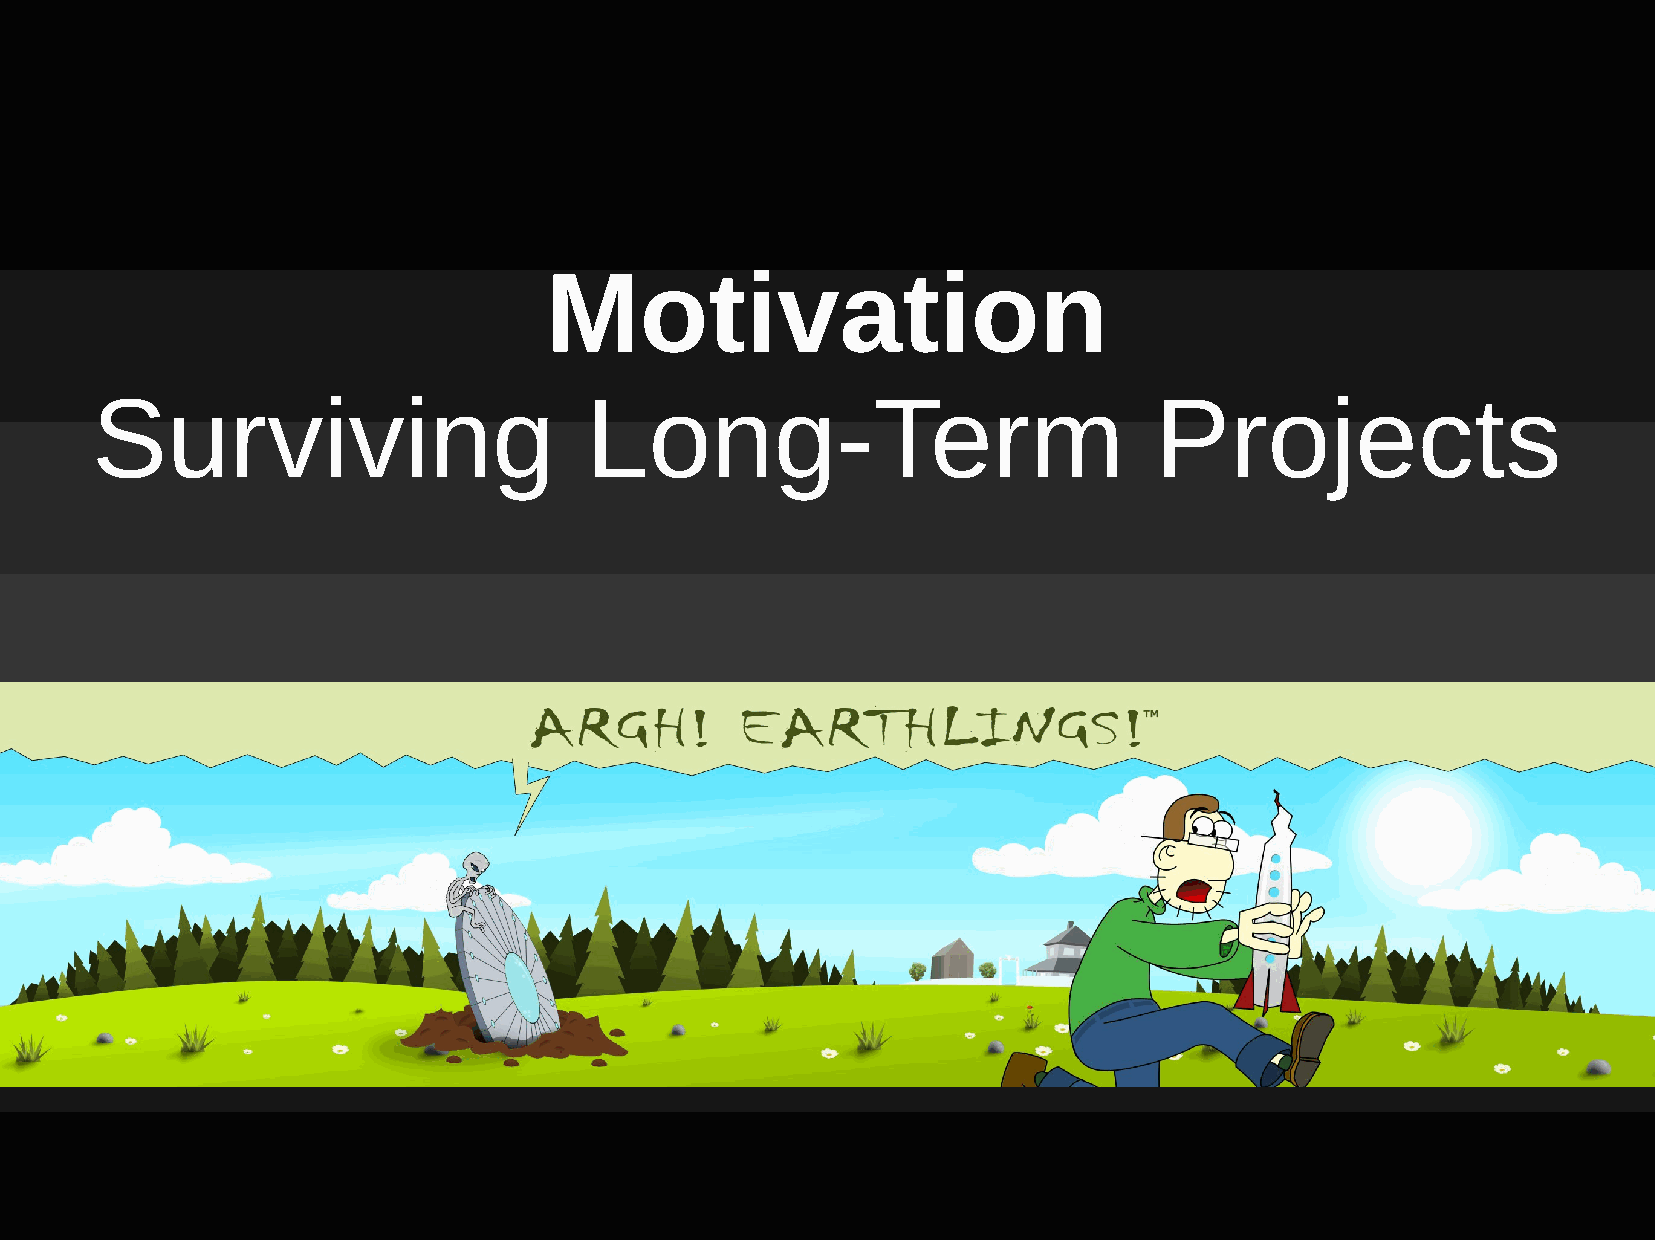
Motivation
 Surviving                        Long-Term                            Projects